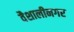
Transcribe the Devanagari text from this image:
वैशालीनगर